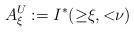
LaTeX: \begin{align*} A^U_\xi:=I^*({\ge}\xi,{<}\nu) \end{align*}